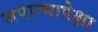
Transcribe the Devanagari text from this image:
जपान्यापेक्षा